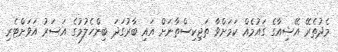
މެދުތެރޭ އޭޝިއާގެ ގައުމެއް ކަމަށްވާ ތަޖިކިސްތާނަށް އައި ބާރުގަދަ ބިންހެލުމުގެ އަސަރު އަވަށްޓެރި